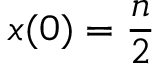
x ( 0 ) = \frac { n } { 2 }